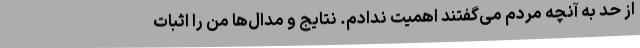
از حد به آنچه مردم می‌گفتند اهمیت ندادم. نتایج و مدال‌ها من را اثبات